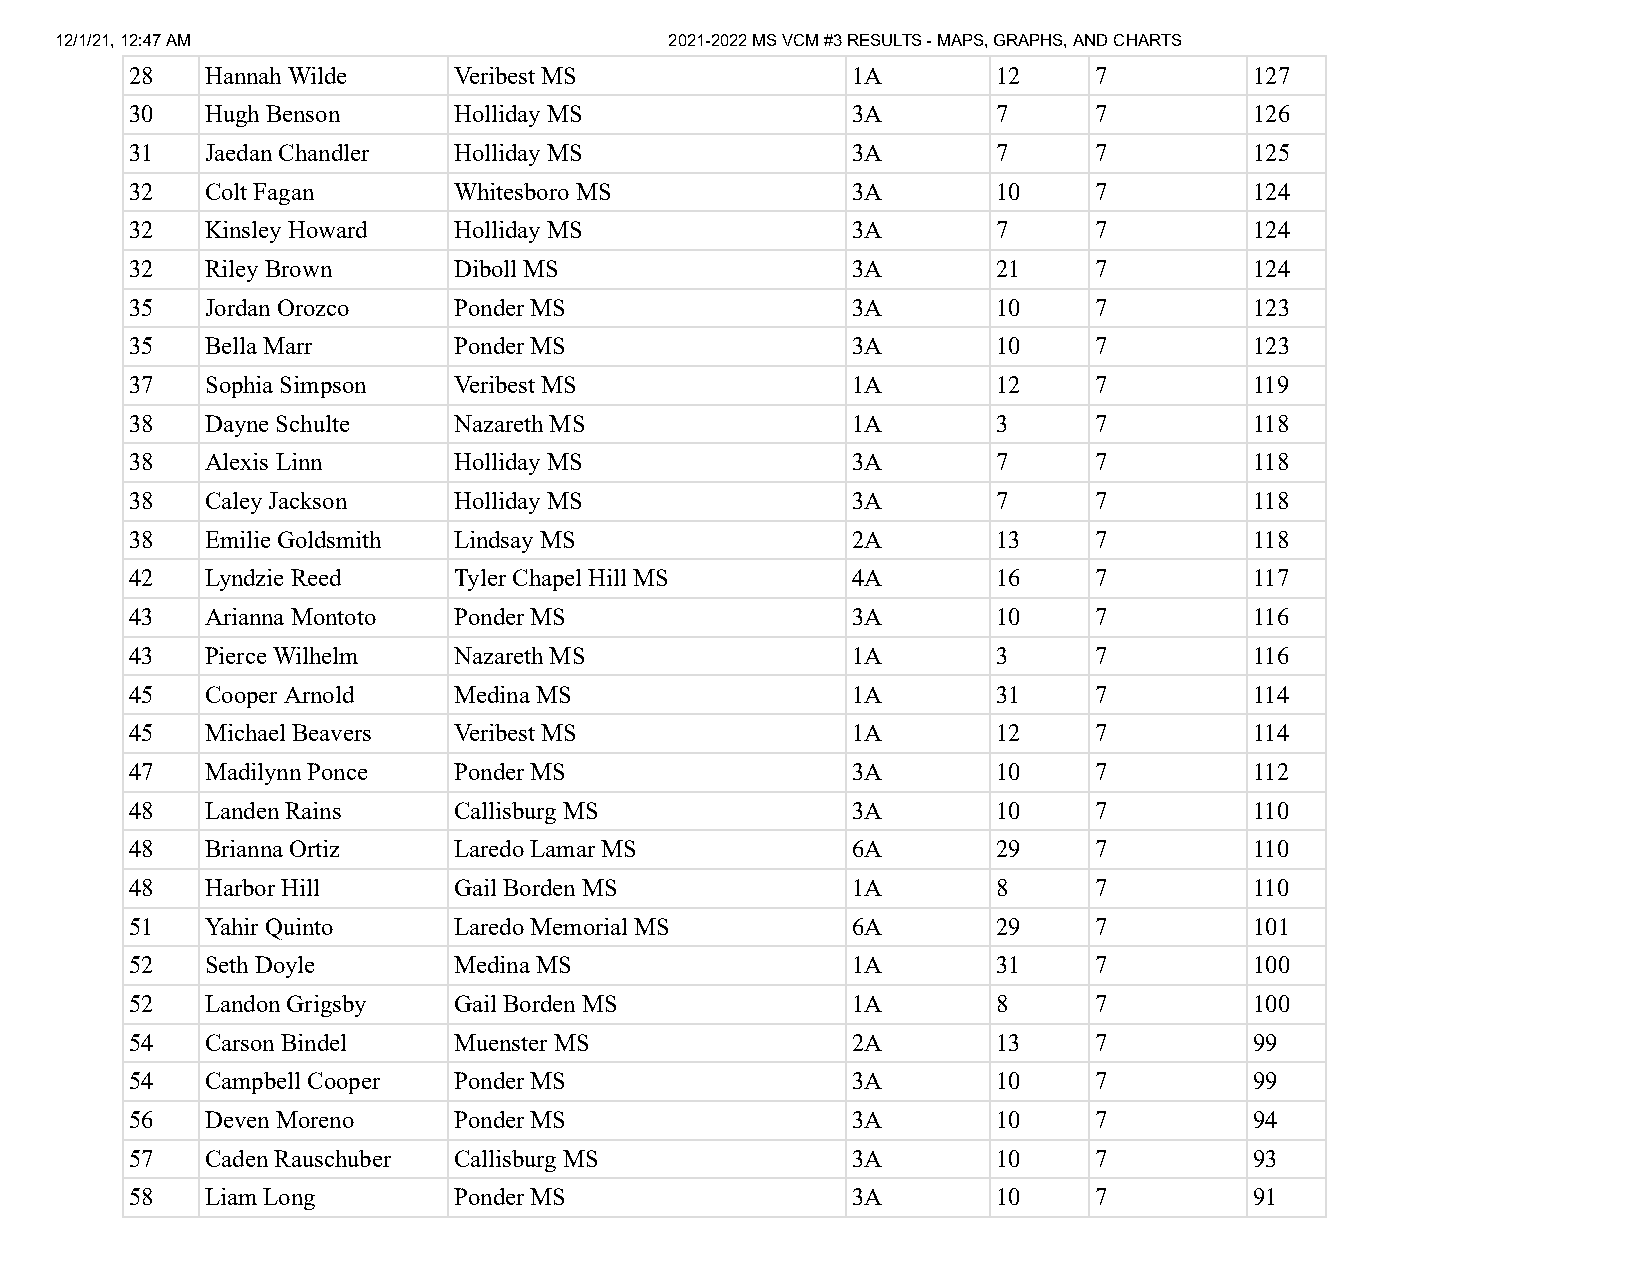
12/1/21, 12:47 AM                       2021-2022 MS VCM #3 RESULTS - MAPS, GRAPHS, AND CHARTS
 28   Hannah Wilde    Veribest MS               1A        12    7          127
 30   Hugh Benson     Holliday MS               3A        7     7          126
 31   Jaedan Chandler Holliday MS               3A        7     7          125
 32   Colt Fagan      Whitesboro MS             3A        10    7          124
 32   Kinsley Howard  Holliday MS               3A        7     7          124
 32   Riley Brown     Diboll MS                 3A        21    7          124
 35   Jordan Orozco   Ponder MS                 3A        10    7          123
 35   Bella Marr      Ponder MS                 3A        10    7          123
 37   Sophia Simpson  Veribest MS               1A        12    7          119
 38   Dayne Schulte   Nazareth MS               1A        3     7          118
 38   Alexis Linn     Holliday MS               3A        7     7          118
 38   Caley Jackson   Holliday MS               3A        7     7          118
 38   Emilie Goldsmith Lindsay MS               2A        13    7          118
 42   Lyndzie Reed    Tyler Chapel Hill MS      4A        16    7          117
 43   Arianna Montoto Ponder MS                 3A        10    7          116
 43   Pierce Wilhelm  Nazareth MS               1A        3     7          116
 45   Cooper Arnold   Medina MS                 1A        31    7          114
 45   Michael Beavers Veribest MS               1A        12    7          114
 47   Madilynn Ponce  Ponder MS                 3A        10    7          112
 48   Landen Rains    Callisburg MS             3A        10    7          110
 48   Brianna Ortiz   Laredo Lamar MS           6A        29    7          110
 48   Harbor Hill     Gail Borden MS            1A        8     7          110
 51   Yahir Quinto    Laredo Memorial MS        6A        29    7          101
 52   Seth Doyle      Medina MS                 1A        31    7          100
 52   Landon Grigsby  Gail Borden MS            1A        8     7          100
 54   Carson Bindel   Muenster MS               2A        13    7          99
 54   Campbell Cooper Ponder MS                 3A        10    7          99
 56   Deven Moreno    Ponder MS                 3A        10    7          94
 57   Caden Rauschuber Callisburg MS            3A        10    7          93
 58   Liam Long       Ponder MS                 3A        10    7          91